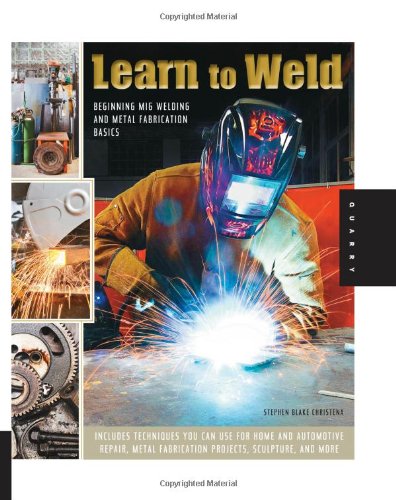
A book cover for Learn to Weld: Beginning MIG Welding and Metal Fabrication Basics - Includes techniques you can use for home and automotive repair, metal fabrication projects, sculpture, and more; Stephen Blake Christena; Crafts, Hobbies & Home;